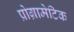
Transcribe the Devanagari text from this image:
प्रोग्रामेटिक